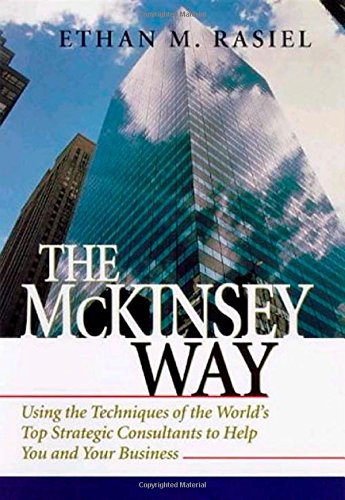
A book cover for The McKinsey Way; Ethan Rasiel; Business & Money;